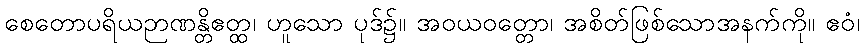
စေတောပရိယဉာဏန္တိဧတ္ထ၊ ဟူသော ပုဒ်၌။ အဝယဝတ္တော၊ အစိတ်ဖြစ်သောအနက်ကို။ ဧဝံ၊